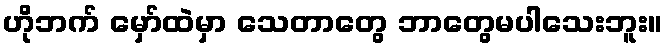
ဟိုဘက် မှော်ထဲမှာ သေတာတွေ ဘာတွေမပါသေးဘူး။